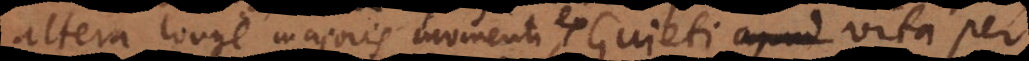
altera longe majoris momenti, ex Guieti vita per